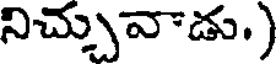
నిచ్చువాడు.)